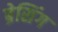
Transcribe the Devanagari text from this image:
ब्रेसिंग